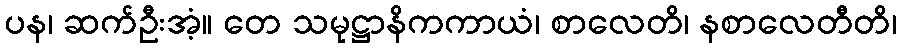
ပန၊ ဆက်ဦးအံ့။ တေ သမုဋ္ဌာနိကကာယံ၊ စာလေတိ၊ နစာလေတီတိ၊